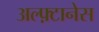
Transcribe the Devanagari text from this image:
अल्फ़्टानेस